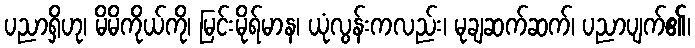
ပညာရှိဟု၊ မိမိကိုယ်ကို၊ မြင်းမိုရ်မာန၊ ယုံလွန်းကလည်း၊ မုချဆက်ဆက်၊ ပညာပျက်၏၊